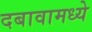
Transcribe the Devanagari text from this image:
दबावामध्ये